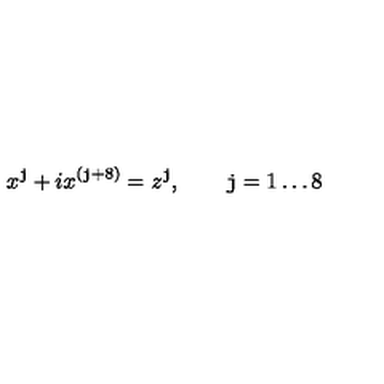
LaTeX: x ^ { \tt j } + i x ^ { ( { \tt j } + 8 ) } = z ^ { \tt j } , \qquad { \tt j } = 1 \ldots 8